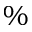
\%